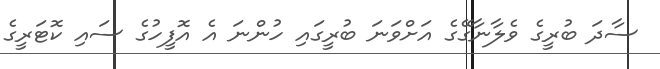
ސާދަ ބުރީގެ ވެލާނާގޭގެ އަށްވަނަ ބުރީގައި ހުންނަ އެ އޮފީހުގެ ސައި ކޮޓަރީގެ